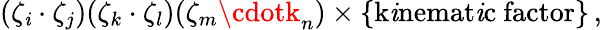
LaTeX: (\zeta_{\mathit{i}}\cdot\zeta_{j})(\zeta_{k}\cdot\zeta_{l})(\zeta_{m}\cdotk_{n})\times\{ \mathrm{{k\mathit{i}nemat\mathit{i}c~factor}}\} \, ,